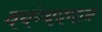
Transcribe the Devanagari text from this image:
वयंग्यप्रधान